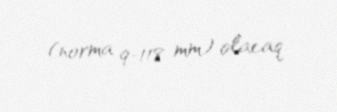
(norma 9-118 mm) olacaq.